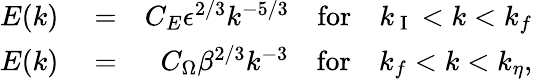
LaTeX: \begin{array}{rlr}{E(k)}&{{}=}&{C_{E}\epsilon^{2/3}k^{-5/3}\quad\mathrm{for}\quad k_{\mathrm{~I~}}<k<k_{f}}\\ {E(k)}&{{}=}&{C_{\Omega}\beta^{2/3}k^{-3}\quad\mathrm{for}\quad k_{f}<k<k_{\eta},}\end{array}